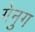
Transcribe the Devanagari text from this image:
गेनुग